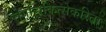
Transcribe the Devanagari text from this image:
रोगचिकित्सेकरिता